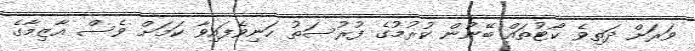
ވަރަށް ދަތިވެ ކޯޓުތައް ބޭނުން ކުރުމުގެ ފުރުސަތު ހަނިވެފައިވާ ކަމަށް ވެސް އާޒިމާގެ